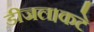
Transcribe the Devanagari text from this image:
डीजल।कटे